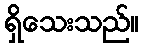
ရှိသေးသည်။